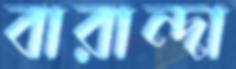
বারান্দা